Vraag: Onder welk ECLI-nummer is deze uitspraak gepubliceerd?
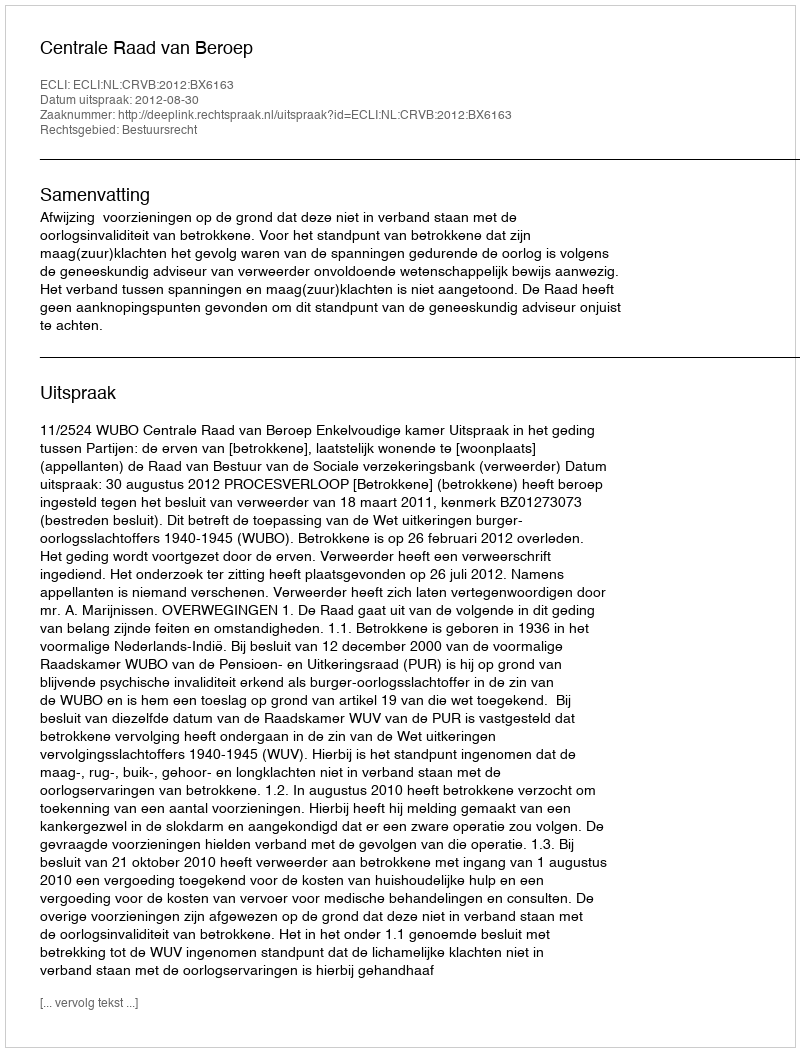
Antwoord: ECLI:NL:CRVB:2012:BX6163